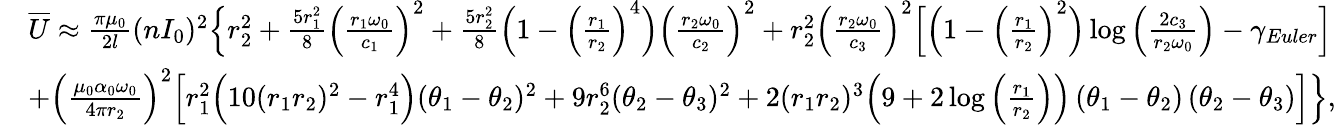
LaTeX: \begin{array}{rl}&{\overline{{U}}\approx\frac{\pi\mu_{0}}{2l}(nI_{0})^{2}\Big\{ r_{2}^{2}+\frac{5r_{1}^{2}}{8}\Big(\frac{r_{1}\omega_{0}}{c_{1}}\Big)^{2}+\frac{5r_{2}^{2}}{8}\Big(1-\Big(\frac{r_{1}}{r_{2}}\Big)^{4}\Big)\Big(\frac{r_{2}\omega_{0}}{c_{2}}\Big)^{2}+r_{2}^{2}\Big(\frac{r_{2}\omega_{0}}{c_{3}}\Big)^{2}\Big[\Big(1-\Big(\frac{r_{1}}{r_{2}}\Big)^{2}\Big)\log\Big(\frac{2c_{3}}{r_{2}\omega_{0}}\Big)-\gamma_{Euler}\Big]}\\ &{+\Big(\frac{\mu_{0}\alpha_{0}\omega_{0}}{4\pi r_{2}}\Big)^{2}\Big[r_{1}^{2}\Big(10(r_{1}r_{2})^{2}-r_{1}^{4}\Big)(\theta_{1}-\theta_{2})^{2}+9r_{2}^{6}(\theta_{2}-\theta_{3})^{2}+2(r_{1}r_{2})^{3}\Big(9+2\log\Big(\frac{r_{1}}{r_{2}}\Big)\Big)\left(\theta_{1}-\theta_{2}\right)\left(\theta_{2}-\theta_{3}\right)\Big]\Big\} ,}\end{array}